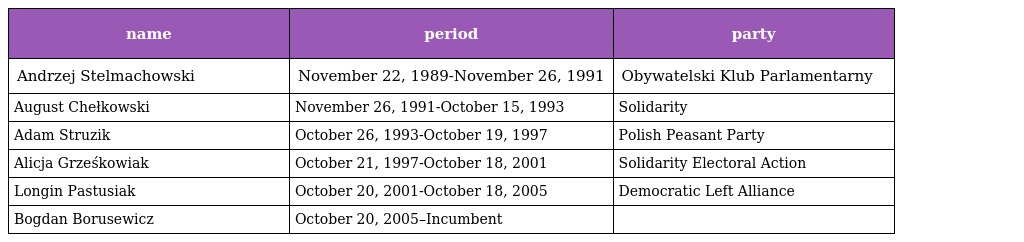
| name | period | party |
 | --- | --- | --- |
 | Andrzej Stelmachowski | November 22, 1989-November 26, 1991 | Obywatelski Klub Parlamentarny |
 | August Chełkowski | November 26, 1991-October 15, 1993 | Solidarity |
 | Adam Struzik | October 26, 1993-October 19, 1997 | Polish Peasant Party |
 | Alicja Grześkowiak | October 21, 1997-October 18, 2001 | Solidarity Electoral Action |
 | Longin Pastusiak | October 20, 2001-October 18, 2005 | Democratic Left Alliance |
 | Bogdan Borusewicz | October 20, 2005–Incumbent |  |